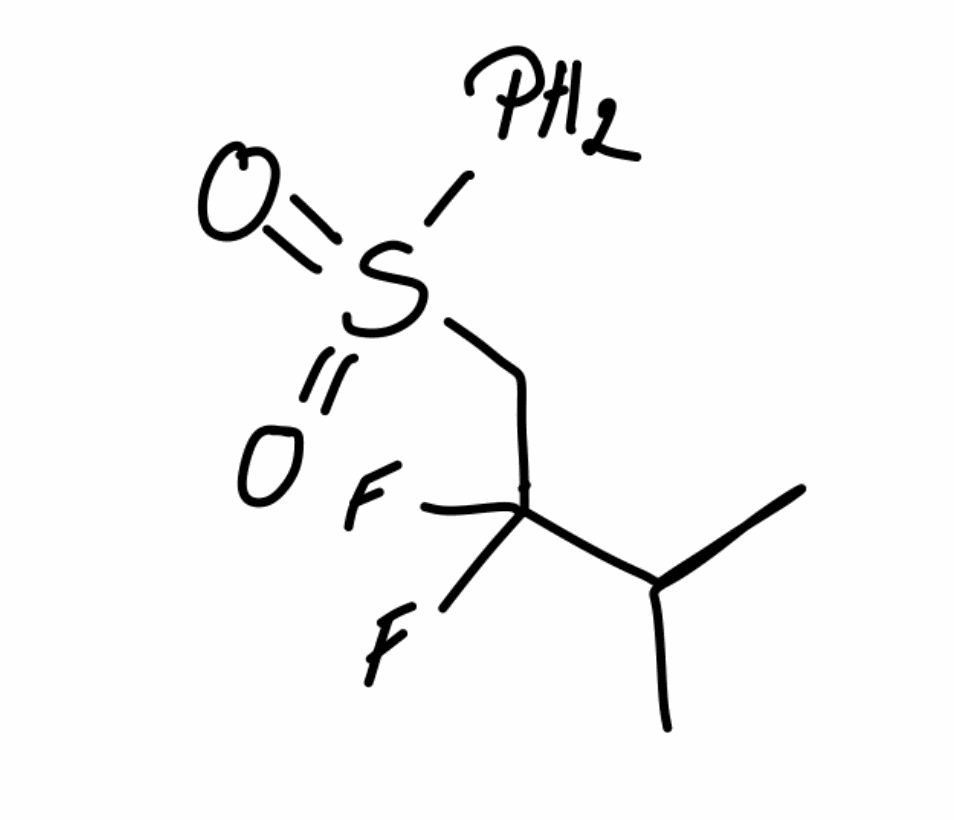
Simplified molecular-input line-entry system (SMILES) notation of the given molecule:
CC(C)C(CS(=O)(=O)P)(F)F